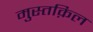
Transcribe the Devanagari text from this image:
मुस्तक़िल